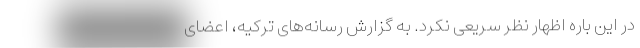
در این باره اظهار نظر سریعی نکرد. به گزارش رسانه‌های ترکیه، اعضای